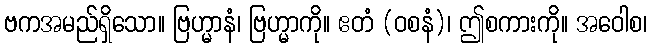
ဗကအမည်ရှိသော။ ဗြဟ္မာနံ၊ ဗြဟ္မာကို။ ဧတံ (ဝစနံ)၊ ဤစကားကို။ အဝေါစ၊